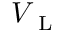
V _ { \mathrm { ~ L ~ } }